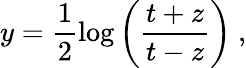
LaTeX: y=\frac{1}{2}\log\left(\frac{t+z}{t-z}\right)~,